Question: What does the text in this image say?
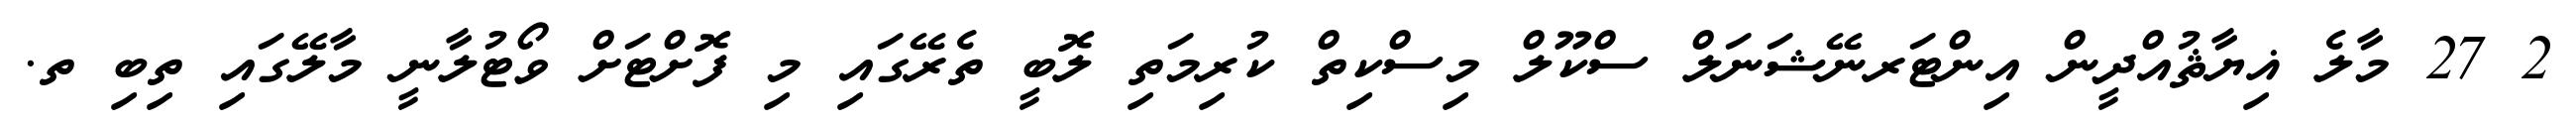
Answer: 2 27 މާލެ ޣިޔާޘުއްދީން އިންޓަރނޭޝަނަލް ސްކޫލް މިސްކިތް ކުރިމަތި ލޮބީ ތެރޭގައި މި ފޮށްޓަށް ވޯޓުލާނީ މާލޭގައި ތިބި ތ.